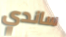
ساندي